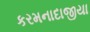
કરમનાદાજીયા